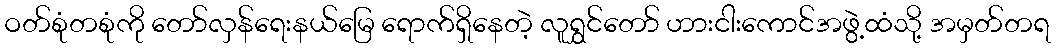
ဝတ်စုံတစုံကို တော်လှန်ရေးနယ်မြေ ရောက်ရှိနေတဲ့ လူရွှင်တော် ဟားငါးကောင်အဖွဲ့ထံသို့ အမှတ်တရ